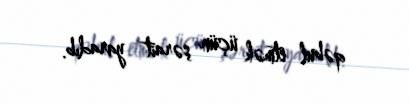
qəbul etmək üçün şərait yaradıb.